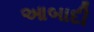
આબાદી